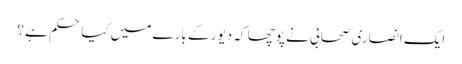
ایک انصاری صحابی نے پوچھا کہ دیور کے بارے میں کیا حکم ہے؟